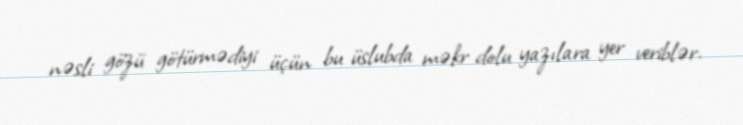
nəsli gözü götürmədiyi üçün bu üslubda məkr dolu yazılara yer veriblər.